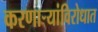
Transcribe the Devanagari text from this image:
करणार्‍यांविरोधात